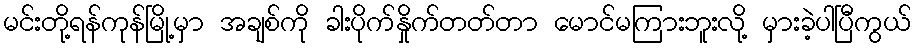
မင်းတို့ရန်ကုန်မြို့မှာ အချစ်ကို ခါးပိုက်နှိုက်တတ်တာ မောင်မကြားဘူးလို့ မှားခဲ့ပါပြီကွယ်